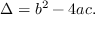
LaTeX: \Delta = b ^ { 2 } - 4 a c .